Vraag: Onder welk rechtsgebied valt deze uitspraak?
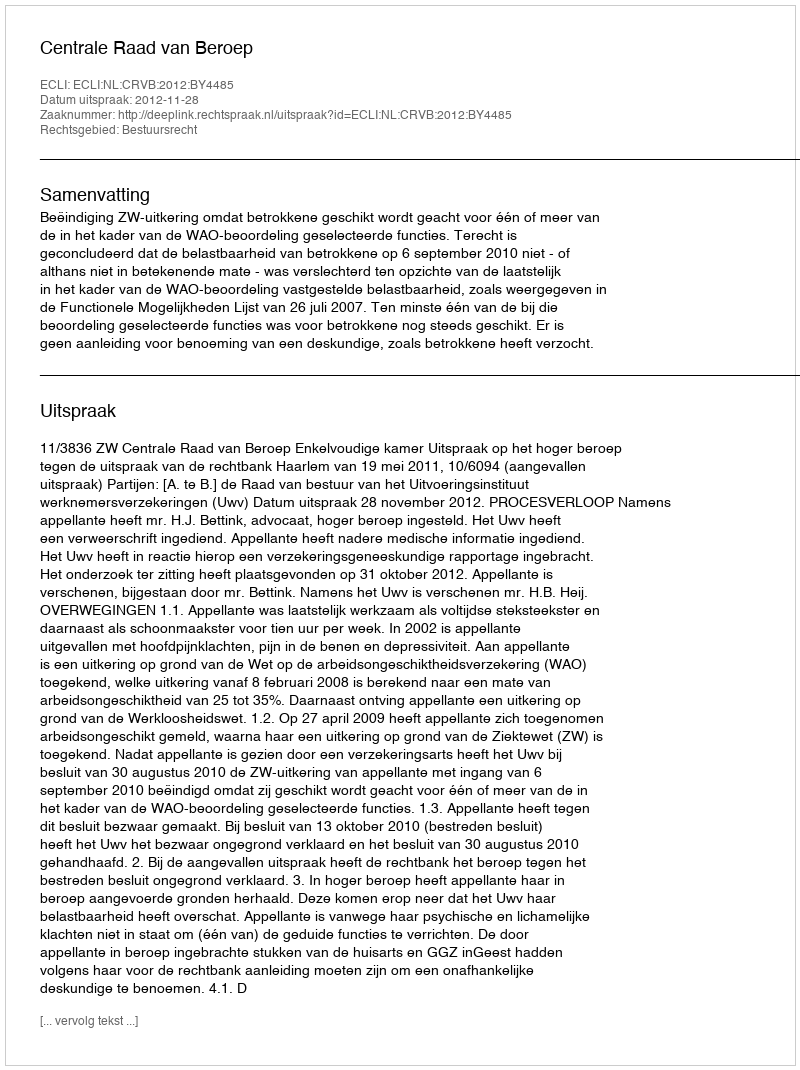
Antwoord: Bestuursrecht